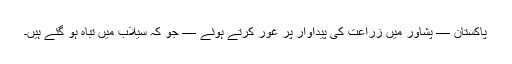
پاکستان — پشاور میں زراعت کی پیداوار پر غور کرتے ہوئے — جو کہ سیلاب میں تباہ ہو گئے ہیں۔